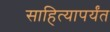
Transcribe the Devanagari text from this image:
साहित्यापर्यंत